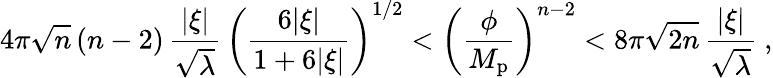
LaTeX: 4\pi\sqrt n\, (n-2)\, {\frac{|\xi|}{\sqrt\lambda}}\, \left({\frac{6|\xi|}{1+6|\xi|}}\right)^{1/2}<\left({\frac{\phi}{M_{\mathrm{p}}}}\right)^{n-2}<8\pi\sqrt{2n}\, {\frac{|\xi|}{\sqrt\lambda}}\ ,